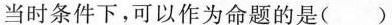
当时条件下，可以作为命题的是()